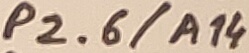
Text: P2.6/A14